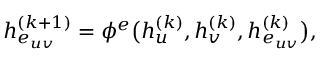
h _ { e _ { u v } } ^ { ( k + 1 ) } = \phi ^ { e } \big ( h _ { u } ^ { ( k ) } , h _ { v } ^ { ( k ) } , h _ { e _ { u v } } ^ { ( k ) } \big ) ,